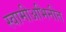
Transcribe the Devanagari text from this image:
स्वामीअभिनीत